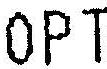
OPT